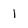
Character: 1